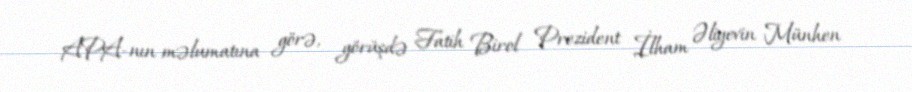
APA-nın məlumatına görə, görüşdə Fatih Birol Prezident İlham Əliyevin Münhen